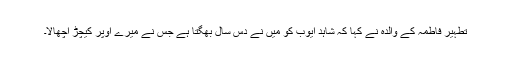
تطہیر فاطمہ کے والدہ نے کہا کہ شاہد ایوب کو میں نے دس سال بھگتا ہے جس نے میرے اوپر کیچڑ اچھالا۔